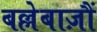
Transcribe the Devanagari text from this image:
बल्लेबाज़ौं